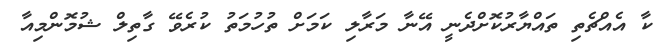
ކާ އެއްޗެތި ތައްޔާރުކޮށްދެނީ އޭނާ މަރާލި ކަމަށް ތުހުމަތު ކުރެވޭ ގާތިލް ޝުމޮންމިއާ